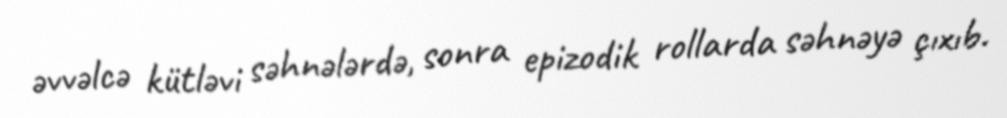
əvvəlcə kütləvi səhnələrdə, sonra epizodik rollarda səhnəyə çıxıb.